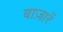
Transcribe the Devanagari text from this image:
बाज़ारें